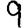
Digit: 9